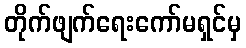
တိုက်ဖျက်ရေးကော်မရှင်မှ